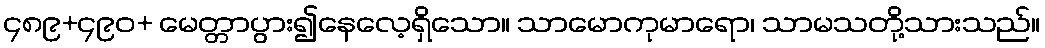
၄၈၉+၄၉၀+ မေတ္တာပွား၍နေလေ့ရှိသော။ သာမောကုမာရော၊ သာမသတို့သားသည်။